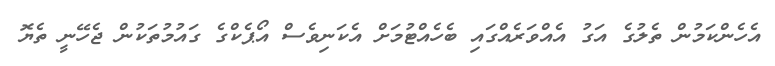
އެހެންކަމުން ތެލުގެ އަގު އެއްވަރެއްގައި ބެހެއްޓުމަށް އެކަނިވެސް އޯޕެކްގެ ގައުމުތަކުން ޖެހޭނީ ތެޔޮ